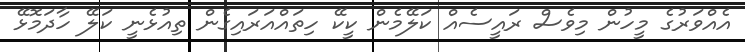
އެއްވަރުގެ މީހުން މިވެސް ރައީސެއް ކަލޭމެން ކީކޭ ހިތައްއަރައިގެން ތިއުޅެނީ ކަލޭ ހާދަމޮޅޭ